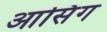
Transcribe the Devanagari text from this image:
आसिंग